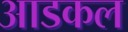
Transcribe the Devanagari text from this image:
आडकल